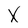
Character: X